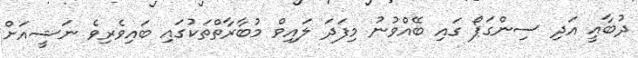
ދުބާއީ އަދި ސިންގަޕޯ ގައި ބޭއްވުނު މިފަދަ ލައިވް މުބާރާތްތަކުގައި ބައިވެރިވެ ނަޝީއަށް